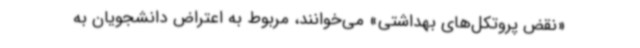
«نقض پروتکل‌های بهداشتی» می‌خوانند، مربوط‌ به اعتراض دانشجویان به